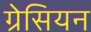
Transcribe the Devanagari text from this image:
ग्रेसियन